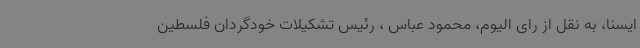
ایسنا، به نقل از رای الیوم، محمود عباس ، رئیس تشکیلات خودگردان فلسطین